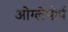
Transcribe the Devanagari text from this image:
ओग्लेथोर्प